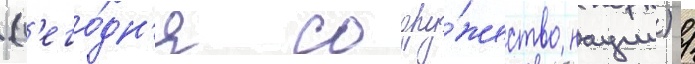
(с'его́дн'я содру́жество нации) /